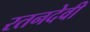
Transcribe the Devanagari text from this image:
रतनदेवी